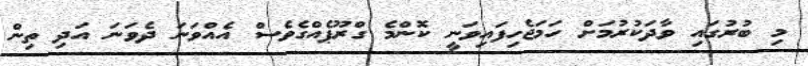
މި ބުރުގައި ވާދަކުރުމަށް ހަމަޖެހިފައިވަނީ ކޮންމެ ގްރޫޕެއްގެވެސް އެއްވަނަ ދެވަނަ އަދި ތިން